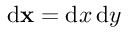
\mathrm { d } \mathbf { x } = \mathrm { d } x \, \mathrm { d } y